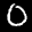
Label: 0